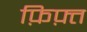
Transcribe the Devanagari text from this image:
फ़िफ़्त